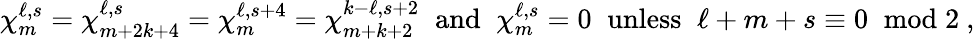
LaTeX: \chi_{m}^{\ell,s}=\chi_{m+2k+4}^{\ell,s}=\chi_{m}^{\ell,s+4}=\chi_{m+k+2}^{k-\ell,s+2}\; \; \mathrm{and}\; \; \chi_{m}^{\ell,s}=0\; \; \mathrm{unless}\; \; \ell+m+s\equiv 0\; \; \mathrm{mod}\; 2~,